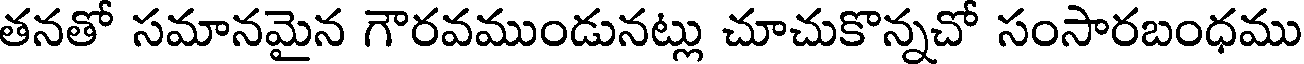
తనతో సమానమైన గౌరవముండునట్లు చూచుకొన్నచో సంసారబంధము